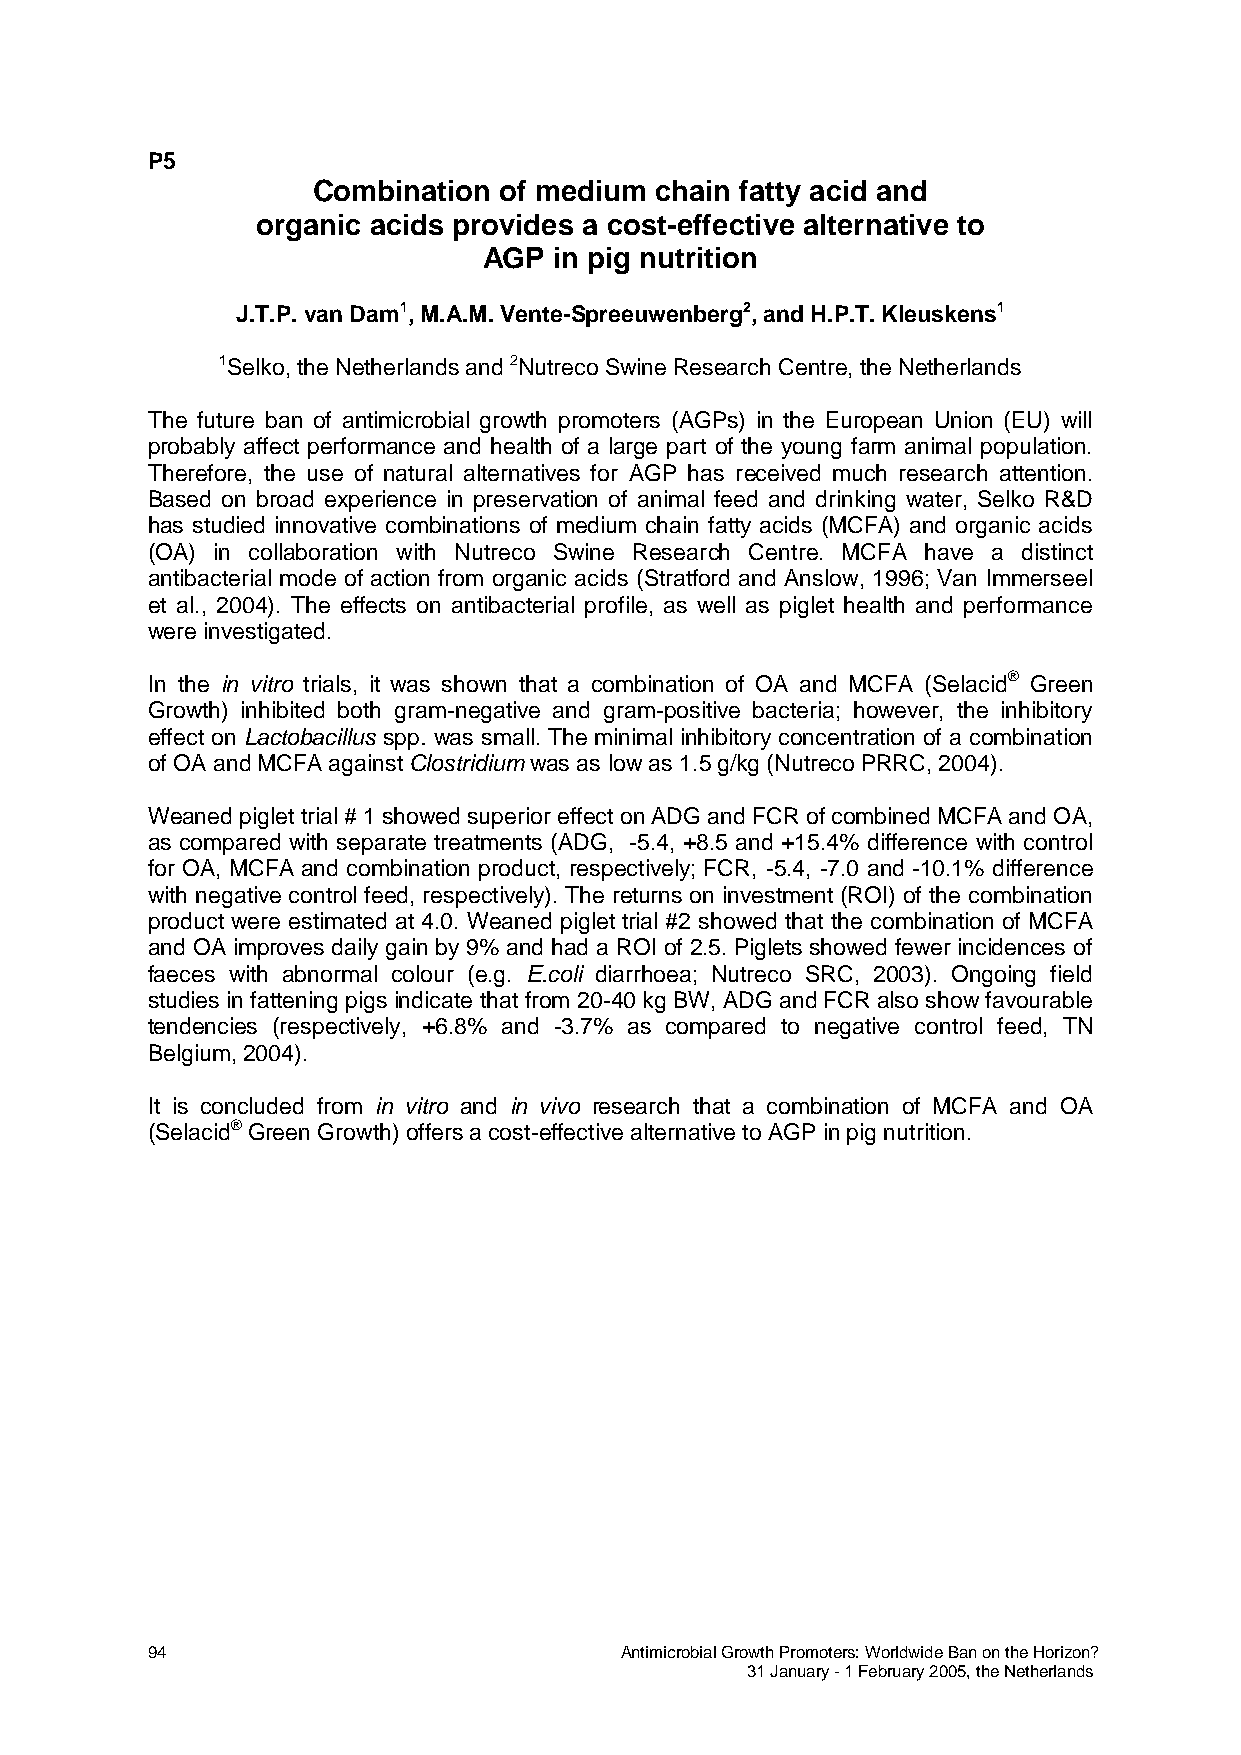
P5
 Combination of medium chain fatty acid and
 organic acids provides a cost-effective alternative to
 AGP  in pig nutrition
 J.T.P. van Dam1, M.A.M. Vente-Spreeuwenberg2, and H.P.T. Kleuskens1
 1Selko, the Netherlands and 2Nutreco Swine Research Centre, the Netherlands
 The future ban of antimicrobial growth promoters (AGPs) in the European Union (EU) will
 probably affect performance and health of a large part of the young farm animal population.
 Therefore, the use of natural alternatives for AGP has received much research attention.
 Based on broad experience in preservation of animal feed and drinking water, Selko R&D
 has studied innovative combinations of medium chain fatty acids (MCFA) and organic acids
 (OA) in collaboration with Nutreco Swine Research Centre. MCFA have a distinct
 antibacterial mode of action from organic acids (Stratford and Anslow, 1996; Van Immerseel
 et al., 2004). The effects on antibacterial profile, as well as piglet health and performance
 were investigated.
 In the in vitro trials, it was shown that a combination of OA and MCFA (Selacid® Green
 Growth) inhibited both gram-negative and gram-positive bacteria; however, the inhibitory
 effect on Lactobacillus spp. was small. The minimal inhibitory concentration of a combination
 of OA and MCFA against Clostridium was as low as 1.5 g/kg (Nutreco PRRC, 2004).
 Weaned piglet trial # 1 showed superior effect on ADG and FCR of combined MCFA and OA,
 as compared with separate treatments (ADG, -5.4, +8.5 and +15.4% difference with control
 for OA, MCFA and combination product, respectively; FCR, -5.4, -7.0 and -10.1% difference
 with negative control feed, respectively). The returns on investment (ROI) of the combination
 product were estimated at 4.0. Weaned piglet trial #2 showed that the combination of MCFA
 and OA improves daily gain by 9% and had a ROI of 2.5. Piglets showed fewer incidences of
 faeces with abnormal colour (e.g. E.coli diarrhoea; Nutreco SRC, 2003). Ongoing field
 studies in fattening pigs indicate that from 20-40 kg BW, ADG and FCR also show favourable
 tendencies (respectively, +6.8% and -3.7% as compared to negative control feed, TN
 Belgium, 2004).
 It is concluded from in vitro and in vivo research that a combination of MCFA and OA
 (Selacid® Green Growth) offers a cost-effective alternative to AGP in pig nutrition.
 94                             Antimicrobial Growth Promoters: Worldwide Ban on the Horizon?
 31 January - 1 February 2005, the Netherlands